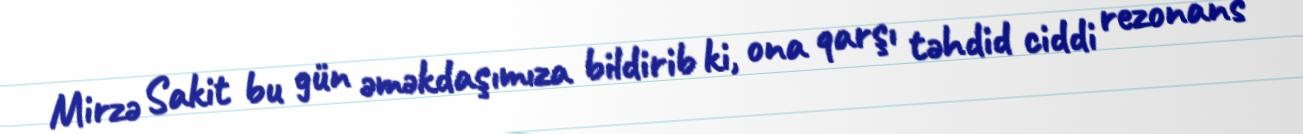
Mirzə Sakit bu gün əməkdaşımıza bildirib ki, ona qarşı təhdid ciddi rezonans